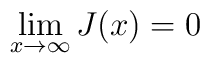
\lim_{x \to \infty} J(x) = 0